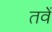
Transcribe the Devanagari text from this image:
तवें